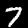
Digit: 7